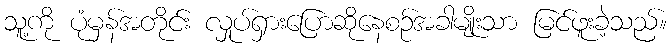
သူ့ကို ပုံမှန်အတိုင်း လှုပ်ရှားပြောဆိုနေစဉ်အခါမျိုးသာ မြင်ဖူးခဲ့သည်။